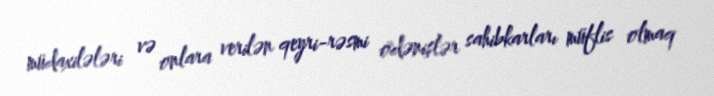
müdaxilələri və onlara verilən qeyri-rəsmi ödənişlər sahibkarları müflis olmaq